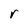
Character: r